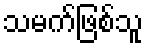
သမက်ဖြစ်သူ